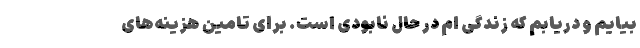
بیایم و دریابم که زندگی ام در حال نابودی است. برای تامین هزینه‌های